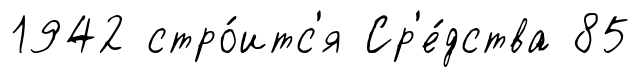
1942 стро́итс'я Ср'е́дства 85